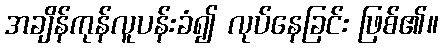
အချိန်ကုန်လူပန်းခံ၍ လုပ်နေခြင်း ဖြစ်၏။